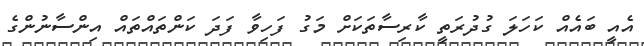
އެއީ ބައެއް ކަހަލަ ގުދުރަތީ ކާރިސާތަކަށް މަގު ފަހިވާ ފަދަ ކަންތައްތައް އިންސާނުންގެ